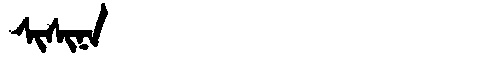
Manchu: ᠰᡳᠰᡳᠨᠠ
Romanization: SISINA